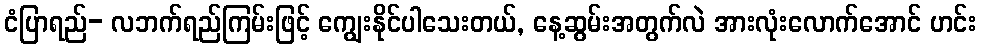
ငံပြာရည်- လဘက်ရည်ကြမ်းဖြင့် ကျွေးနိုင်ပါသေးတယ်, နေ့ဆွမ်းအတွက်လဲ အားလုံးလောက်အောင် ဟင်း